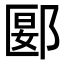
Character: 郾